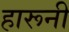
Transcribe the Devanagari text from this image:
हारूनी